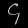
Digit: ၄